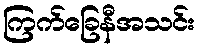
ကြက်ခြေနီအသင်း